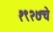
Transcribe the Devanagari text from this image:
१९२७चे